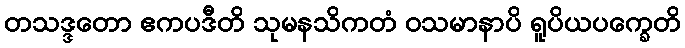
တသဒ္ဒတော ဧကပဒီတိ သုမနသိကတံ ဝသမာနာပိ ရူပိယပက္ခေတိ